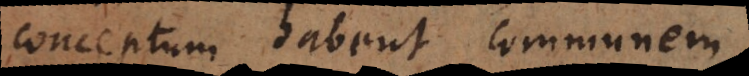
conceptum habent communem.